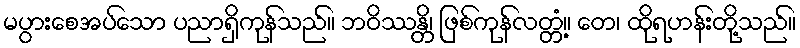
မပွားစေအပ်သော ပညာရှိကုန်သည်။ ဘဝိဿန္တိ၊ ဖြစ်ကုန်လတ္တံ့။ တေ၊ ထိုရဟန်းတို့သည်။